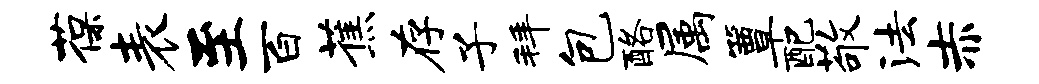
葆表至百蕉存子拜包酪属簟配敬法赤